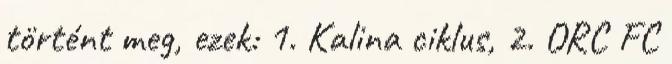
történt meg, ezek: 1. Kalina ciklus, 2. ORC FC